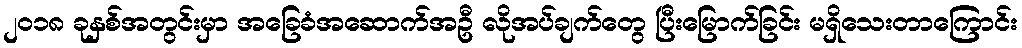
၂၀၁၈ ခုနှစ်အတွင်းမှာ အခြေခံအဆောက်အဦ လိုအပ်ချက်တွေ ပြီးမြောက်ခြင်း မရှိသေးတာကြောင်း